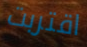
اقتربت